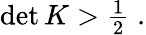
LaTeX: \begin{array}{r}{\operatorname*{det}K>\frac{1}{2}\; .}\end{array}